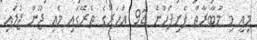
މިއީ މި މުބާރާތް ފެށިފަހުން 92 އަހަރުގެ ތެރޭގައި މެއި ޖޫން ޖުލައި